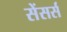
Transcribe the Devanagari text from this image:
सेंसर्स